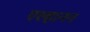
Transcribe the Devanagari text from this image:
एल्हानन